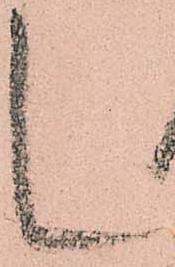
し